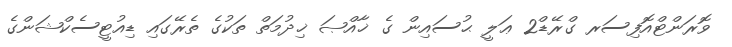
ވޮރަންޓްއޮފިސަރ ގްރޭޑް2 ޢަލީ ޙުސައިން ގެ ޚާއްޞަ ޚިދުމަތް ތަކުގެ ތެރޭގައި ޑިއުޓީސެކްޝަންގެ